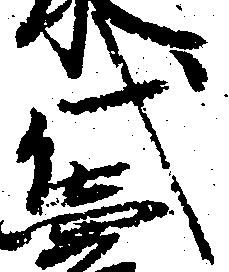
代